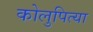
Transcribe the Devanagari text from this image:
कोलुपित्या